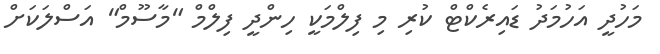
މަހުދީ އަހުމަދު ޑައިރެކްޓް ކުރި މި ފިލްމަކީ ހިންދީ ފިލްމް "މާސޫމް" އަސްލަކަށް